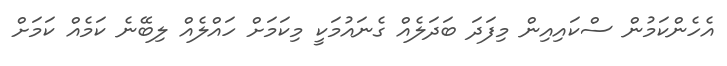
އެހެންކަމުން ސްކައިއިން މިފަދަ ބަދަލެއް ގެނައުމަކީ މިކަމަށް ހައްލެއް ލިބޭނެ ކަމެއް ކަމަށް